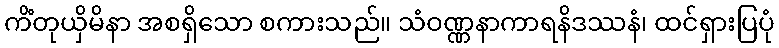
ကိံတုယှိမိနာ အစရှိသော စကားသည်။ သံဝဏ္ဏနာကာရနိဒဿနံ၊ ထင်ရှားပြပုံ